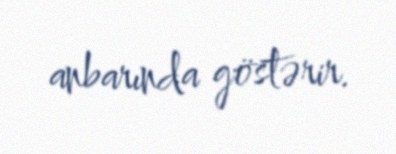
anbarında göstərir.